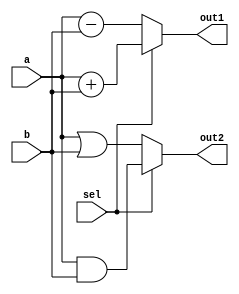
module combinational_logic (
    input wire [3:0] a,         // 4-bit input signal a
    input wire [3:0] b,         // 4-bit input signal b
    input wire sel,             // 1-bit selection input
    output reg [3:0] out1,      // 4-bit output signal out1
    output reg [3:0] out2       // 4-bit output signal out2
);

    // Combinational logic block
    always @(*) begin
        // Default assignments
        out1 = 4'b0000;          // Default value for out1
        out2 = 4'b0000;          // Default value for out2

        // Conditional logic based on input signals
        if (sel) begin
            out1 = a + b;        // If sel is high, add a and b
            out2 = a & b;        // AND operation if sel is high
        end else begin
            out1 = a - b;        // If sel is low, subtract b from a
            out2 = a | b;        // OR operation if sel is low
        end
    end

endmodule